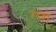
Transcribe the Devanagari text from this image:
ग्प्ग्